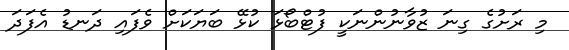
މި ރަށުގެ ގިނަ ޒުވާނުންނަކީ ފުޓްބޯޅަ ކުޅޭ ބަޔަކަށް ވެފައި ދަނޑު އެފަދަ